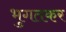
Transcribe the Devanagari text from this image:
भुगतकर